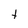
Character: t